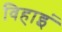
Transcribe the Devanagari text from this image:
विहाइं